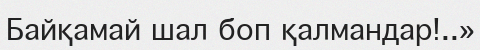
Байқамай шал боп қалмандар!..»